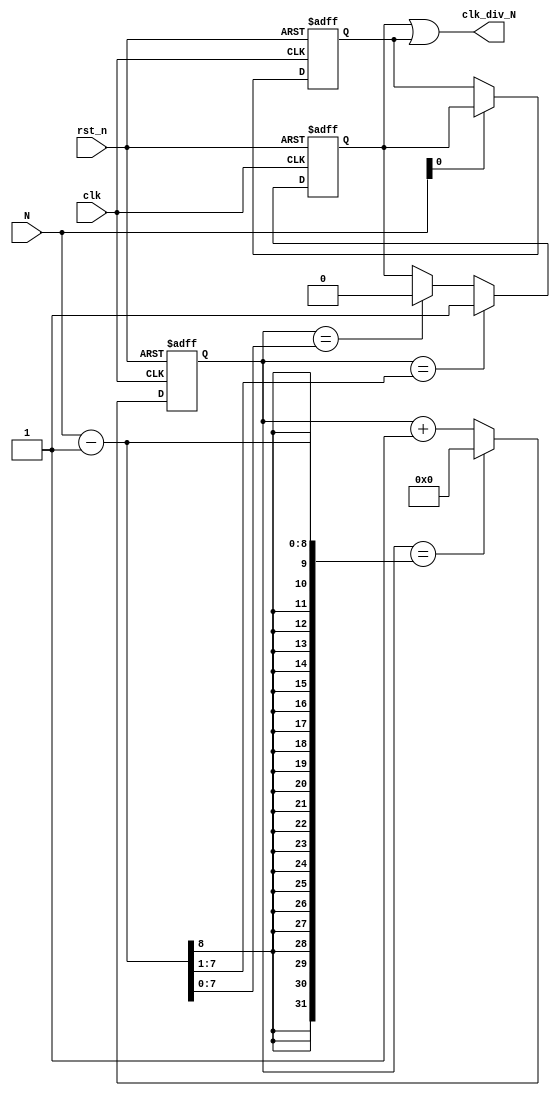

module clk_divider_N (
		input clk, rst_n, 
		input [7:0] N,
		output clk_div_N);

wire [7:0] N_minus1;
reg [7:0] pos_cnt;
reg pos;
reg neg;

assign N_minus1 = N - 1;

always @ (posedge clk or negedge rst_n)
begin
	if (!rst_n) pos_cnt <= 0;
	else if (pos_cnt == N-1) pos_cnt <= 0;
	else pos_cnt <= pos_cnt + 1;
end

always @ (posedge clk or negedge rst_n)
begin
	if (!rst_n) pos <= 0;
	else if (pos_cnt == N_minus1[7:1]) 	pos <= 1;
	else if (pos_cnt == N_minus1) 		pos <= 0;
end


always @ (negedge clk or negedge rst_n)
begin
	if (!rst_n) neg <= 0;
	else if (N[0] == 1) neg <= pos; // or use N_minus1[0] = 0; which means odd number(N)
end

assign clk_div_N = pos | neg;

endmodule 

//------------ if use N but not N-1, following code is acceptable
/*
	else if (N[0] == 0) begin
		if (pos_cnt == N[7:1]-1) pos <= 1;
		else if (pos_cnt == N-1) pos <= 0;
	end
	else if (N[0] == 1) begin
		if (pos_cnt == N[7:1]) pos <= 1;
		else if (pos_cnt == N-1) pos <= 0;
	end
*/